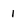
Character: 1